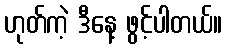
ဟုတ်ကဲ့ ဒီနေ့ ဖွင့်ပါတယ်။